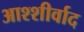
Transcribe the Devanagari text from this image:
आश्शीर्वाद